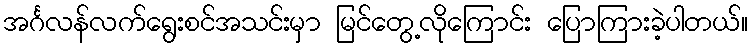
အင်္ဂလန်လက်ရွေးစင်အသင်းမှာ မြင်တွေ့လိုကြောင်း ပြောကြားခဲ့ပါတယ်။